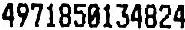
4971850134824